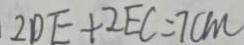
2 D E + 2 E C = 7 c m